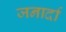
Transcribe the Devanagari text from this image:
जनार्दा